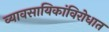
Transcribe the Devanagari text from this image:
व्यावसायिकांविरोधात